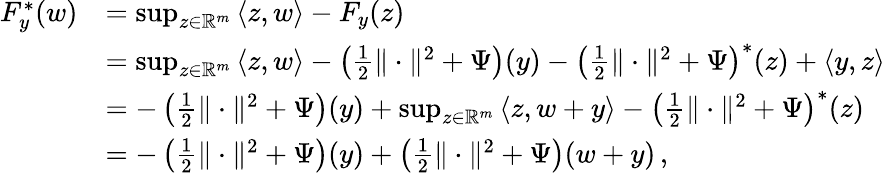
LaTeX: \begin{array}{rl}{F_{y}^{\ast}(w)}&{=\operatorname*{sup}_{z\in\mathbb{R}^{m}}\, \langle z,w\rangle-F_{y}(z)}\\ &{=\operatorname*{sup}_{z\in\mathbb{R}^{m}}\, \langle z,w\rangle-\left(\frac 12\| \cdot\| ^{2}+\Psi\right)(y)-\left(\frac 12\| \cdot\| ^{2}+\Psi\right)^{\ast}(z)+\langle y,z\rangle}\\ &{=-\left(\frac 12\| \cdot\| ^{2}+\Psi\right)(y)+\operatorname*{sup}_{z\in\mathbb{R}^{m}}\, \langle z,w+y\rangle-\left(\frac 12\| \cdot\| ^{2}+\Psi\right)^{\ast}(z)}\\ &{=-\left(\frac 12\| \cdot\| ^{2}+\Psi\right)(y)+\left(\frac 12\| \cdot\| ^{2}+\Psi\right)(w+y)\, ,}\end{array}